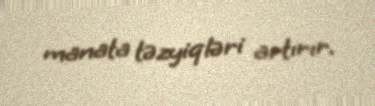
manata təzyiqləri artırır.